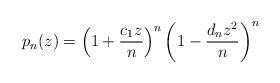
LaTeX: \begin{align*}p_n(z) = \left(1+\frac{c_1z}{n}\right)^n\left(1-\frac{d_n z^2}{n}\right)^n\end{align*}